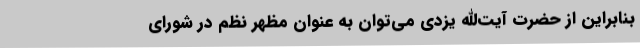
بنابراین از حضرت آیت‌الله یزدی می‌توان به عنوان مظهر نظم در شورای